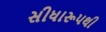
સીધારૂપથી